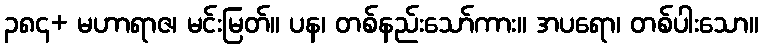
၃၈၄+ မဟာရာဇ၊ မင်းမြတ်။ ပန၊ တစ်နည်းသော်ကား။ အပရော၊ တစ်ပါးသော။